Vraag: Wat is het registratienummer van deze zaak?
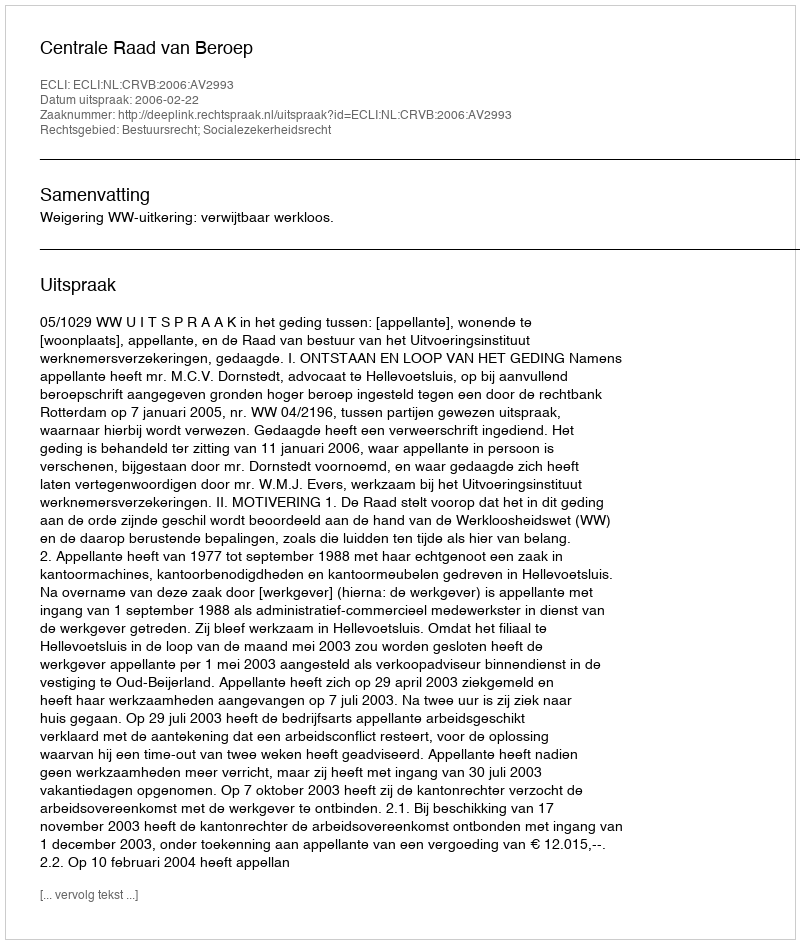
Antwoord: http://deeplink.rechtspraak.nl/uitspraak?id=ECLI:NL:CRVB:2006:AV2993